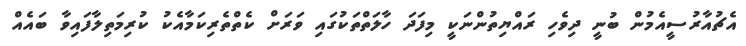
އެޗުއާރުސީއެމުން ބުނީ ދިވެހި ރައްޔިތުންނަކީ މިފަދަ ހާލަތްތަކުގައި ވަރަށް ކެތްތެރިކަމާއެކު ކުރިމަތިލާފައިވާ ބައެއް